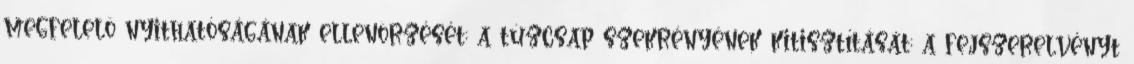
megfelelõ nyithatóságának ellenõrzését; a tûzcsap szekrényének kitisztítását; a fejszerelvényt